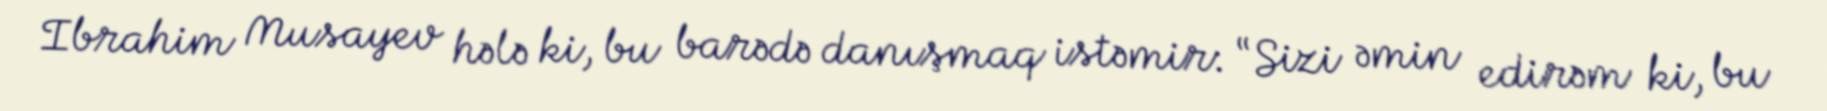
Ibrahim Musayev hələ ki, bu barədə danışmaq istəmir: “Sizi əmin edirəm ki, bu